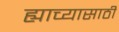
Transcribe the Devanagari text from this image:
ह्याच्यासाठी